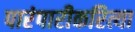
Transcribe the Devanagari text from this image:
पारंपारीकरित्या